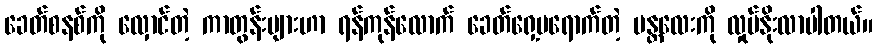
ခေတ်စနစ်ကို လှောင်တဲ့ ကာတွန်းများဟာ ရန်ကုန်လောက် ခေတ်ရှေ့မရောက်တဲ့ မန္တလေးကို လှုပ်နိုးလာပါတယ်။